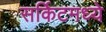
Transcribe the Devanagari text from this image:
सर्किटमध्ये